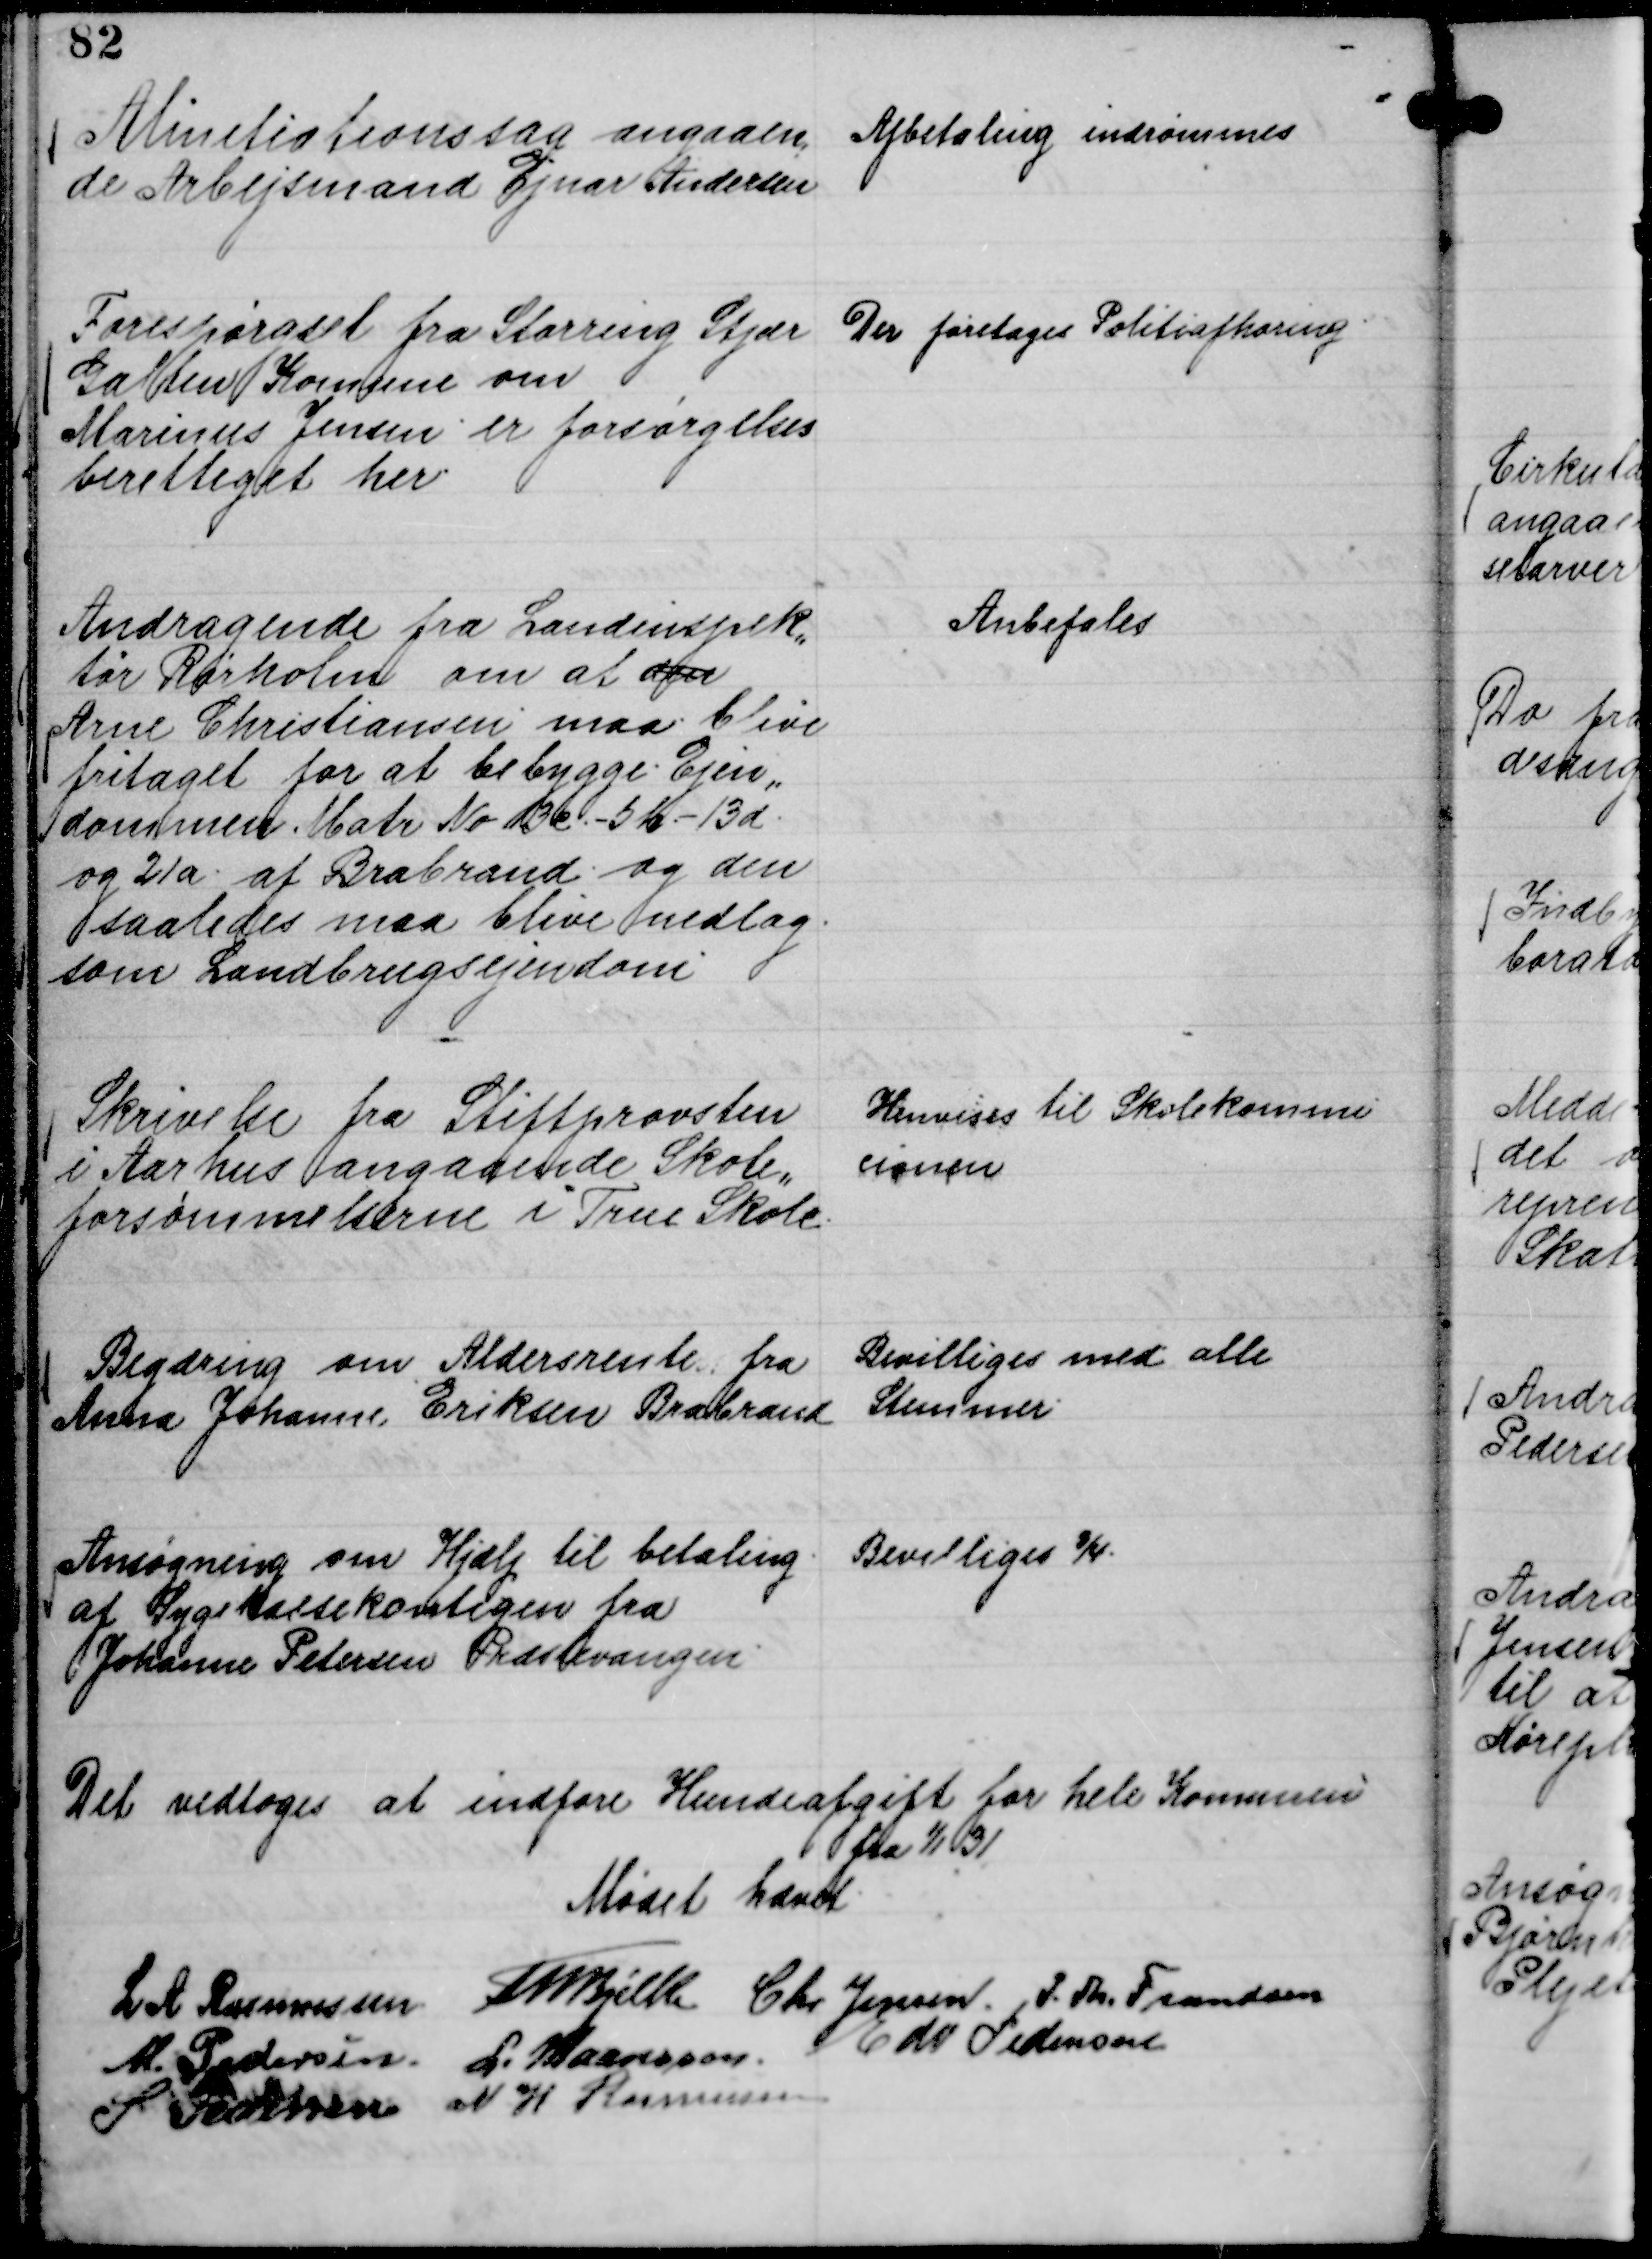
Transskription:
Alinstiationssag angaaen,
de Arbejsmand Ejnar Andersen.

Afbetaling indrømmes

Forespørgsel fra Storring Stjær
Galten Komune om
Marinus Jensen er forsørgelses
berettiget her

Der foretages Politiafhøring

Andragende fra Landinspek,,
tør Rørholm om at ager
Arne Christiansen maa blive
fritaget for at bebygge Ejen,,
dommen Matr No 3 c . - 5 b . - 13 d.
og 21 a . af Brabrand og den
saaledes maa blive nedlag.
som Landbrugsejendom

Anbefales

Skrivelse fra Stiftprovsten
i Aarhus angaaende Skole,,
forsømmelserne i True Skole.

Henvises til Skolekommi
cionen

Begæring om Aldersrente fra
Anna Johanne Eriksen Brabrand

Bevilliges med alle
Stemmer.

Ansøgning om Hjælp til betaling
af Sygekassekontigen fra
Johanne Petersen Præstevangen.

Bevilliges ¾.

Det vedtoges at indføre Hundeafgift for hele Komunen
fra

1/1 31

Mødet hævet
L A Rasmussen
Th Bjelke
Chr Jensen
P. Th. Frandsen
M. Pedersen.
L. Maansson.
Edv Pedersen
S Pedersen
N H Rasmussen